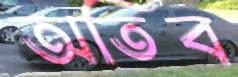
অতিব